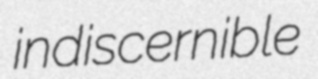
indiscernible